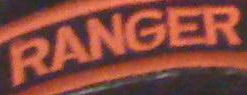
RANGER